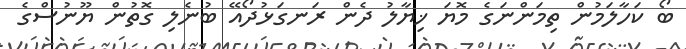
ބޯ ކަހާލަމުން ތިމަންނަގެ މޮޔަ ޚިޔާލު ދެން ރަނގަޅުދޯއޭ ބުނެލި ގޮތުން ޔޫނުސްގެ